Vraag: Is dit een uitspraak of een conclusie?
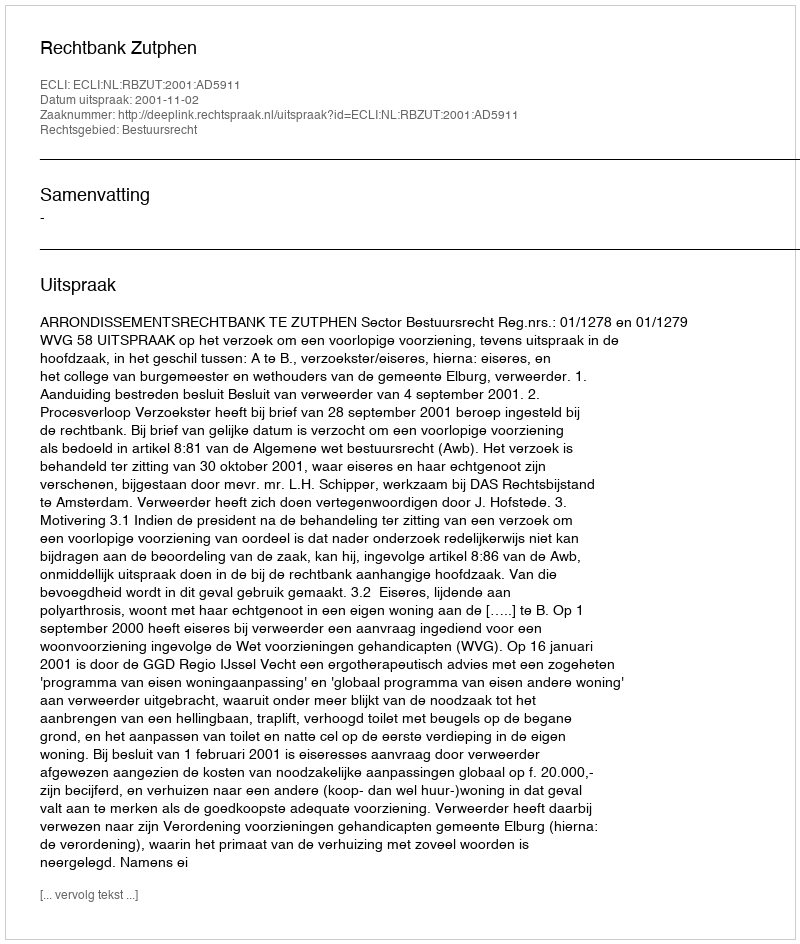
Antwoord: Uitspraak